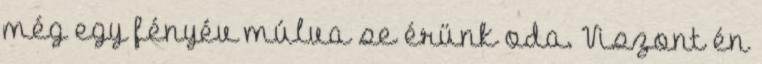
még egy fényév múlva se érünk oda. Viszont én